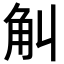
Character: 觓